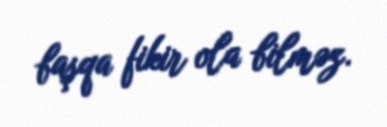
başqa fikir ola bilməz.